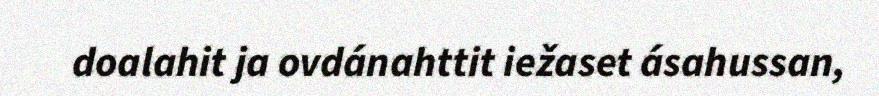
doalahit ja ovdánahttit iežaset ásahussan,